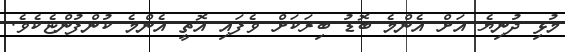
މުޅި ދުނިޔެ އަށް އެންމެ ބޮޑު ބިރަކަށް ވެފައި އޮތީ އެންމެ ކުންފުންޏެކެވެ.